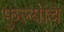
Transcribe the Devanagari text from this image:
फुल्यांचे